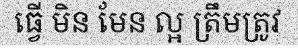
ធ្វើ មិន មែន ល្អ ត្រឹមត្រូវ